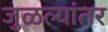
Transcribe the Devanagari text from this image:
जुळल्यांतर